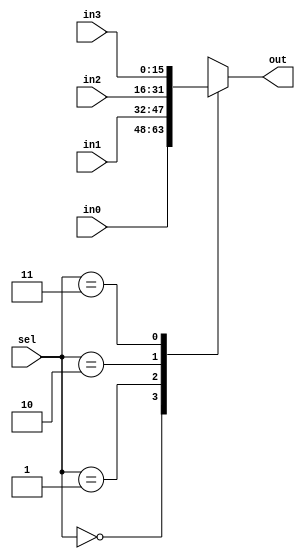
`timescale 1ns / 1ps
//////////////////////////////////////////////////////////////////////////////////
// Company: 
// Engineer: 
// 
// Design Name: 
// Module Name: mux4
// Project Name: 
// Target Devices: 
// Tool Versions: 
// Description: 
// 
// Dependencies: 
// 
// Revision:
// Revision 0.01 - File Created
// Additional Comments:
// 
//////////////////////////////////////////////////////////////////////////////////


module mux4
#( 	parameter k=16 //bus width
 )
(	input  [k-1:0] in3,in2,in1,in0,
	input [1:0] sel,
	output reg [k-1:0] out
);
	//multiplexer
	always@(*)
		case(sel)
			2'b00: out=in0;
			2'b01: out=in1;
			2'b10: out=in2;
			2'b11: out=in3;
			default: out={k{1'bx}};
		endcase
endmodule